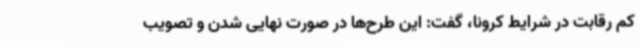
کم رقابت در شرایط کرونا، گفت: این طرح‌ها در صورت نهایی شدن و تصویب